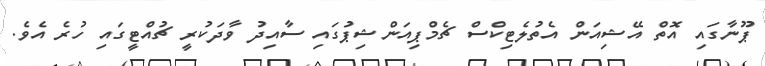
ޕޫނާގައި އޮތް އޭޝިއަން އެތުލެޓިކްސް ޗެމްޕިއަންޝިޕުގައި ސާއިދު ވާދަކުރީ ޗުއްޓީގައި ހުރެ އެވެ.